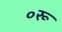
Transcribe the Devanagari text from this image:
०रू